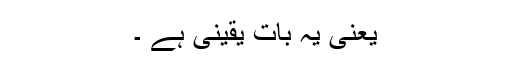
یعنی یہ بات یقینی ہے ۔